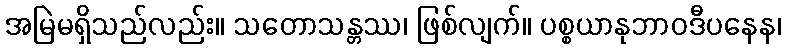
အမြဲမရှိသည်လည်း။ သတောသန္တဿ၊ ဖြစ်လျက်။ ပစ္စယာနုဘာဝဒီပနေန၊